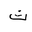
Letter: _tha